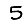
Digit: 5